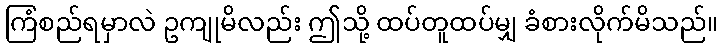
ကြံစည်ရမှာလဲ ဥကျုမိလည်း ဤသို့ ထပ်တူထပ်မျှ ခံစားလိုက်မိသည်။